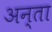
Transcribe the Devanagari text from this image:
अन्ता